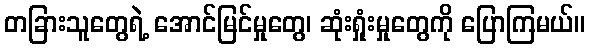
တခြားသူတွေရဲ့ အောင်မြင်မှုတွေ၊ ဆုံးရှုံးမှုတွေကို ပြောကြမယ်။